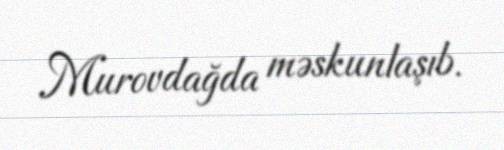
Murovdağda məskunlaşıb.